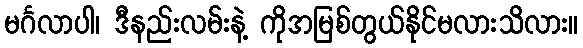
မင်္ဂလာပါ၊ ဒီနည်းလမ်းနဲ့ ကိုအမြစ်တွယ်နိုင်မလားသိလား။